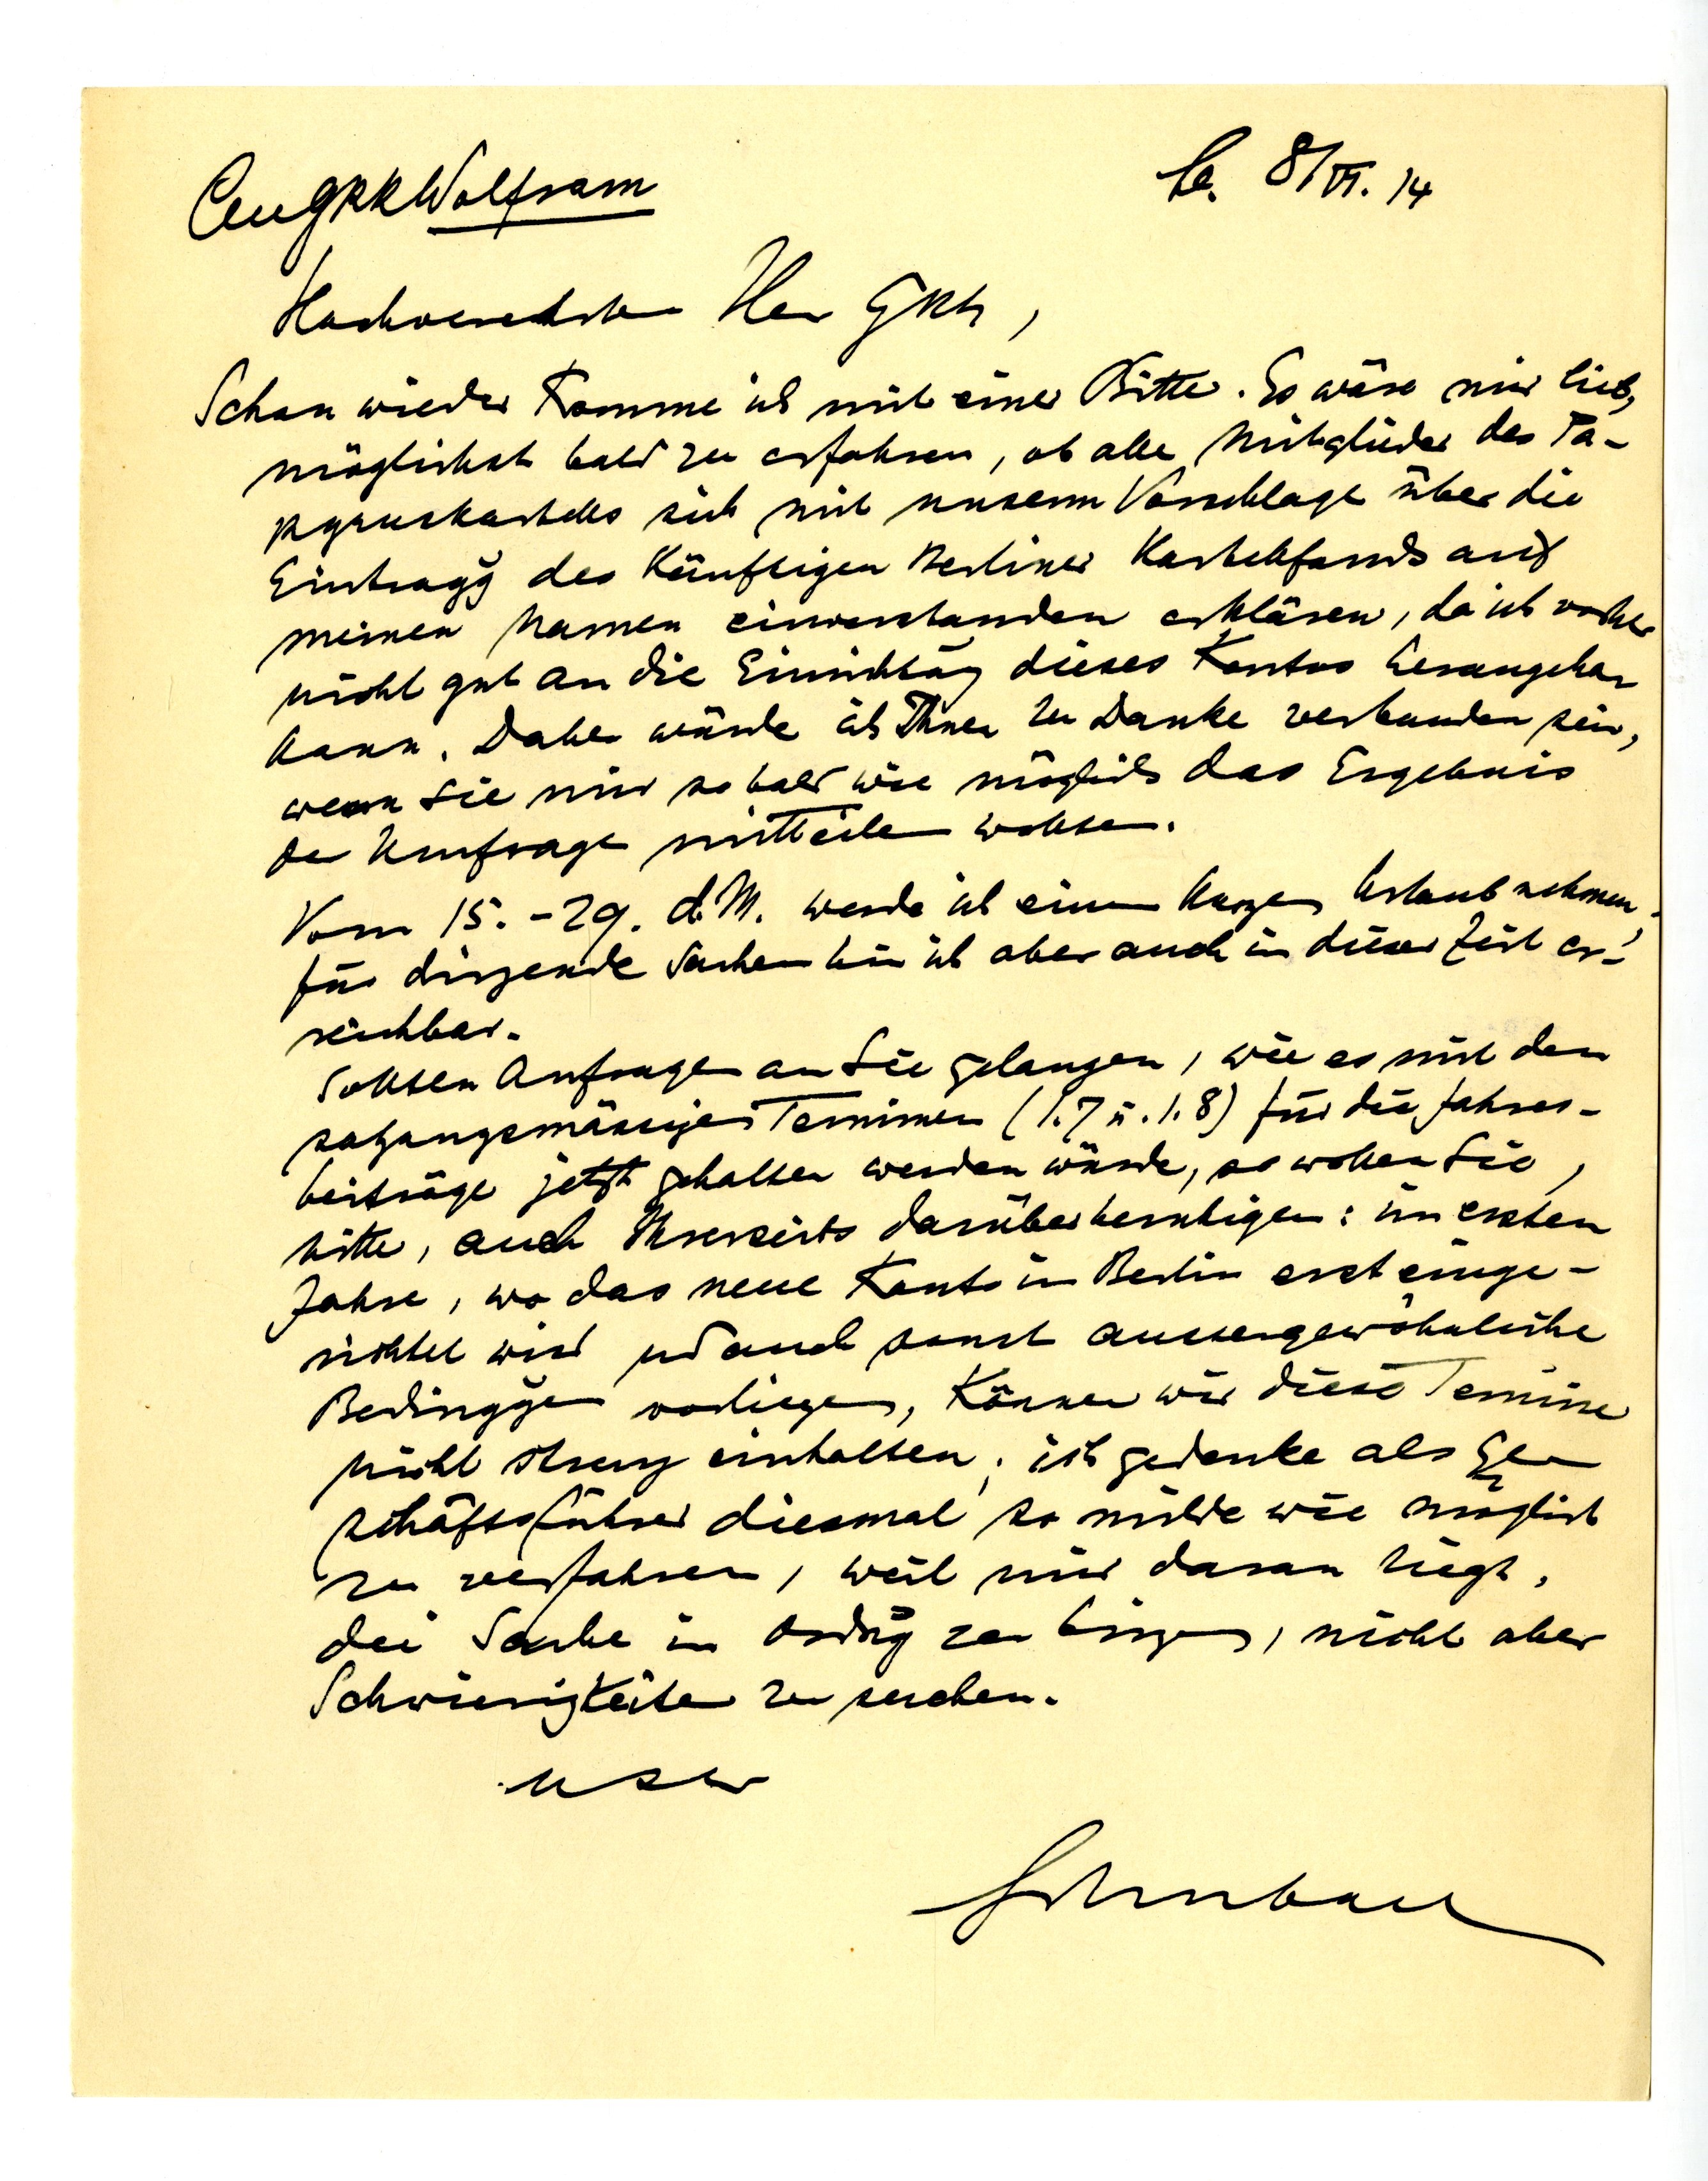
An GRR Wolfram
B. 8/VI. 14
Hochverehrter Herr GRR,
Schon wieder komme ich mit einer Bitte. So wäre mir lieb,
möglichst bald zu erfahren, ob alle Mitglieder des Pa¬
pyruskartells sich mit unserem Vorschlage über die
Eintragg des künftigen Berliner Kartellfonds auf
meinen Namen einverstanden erklären, da ich vorher
nicht gut an die Einrichtung dieses Kontos herangehen
kann. Daher würde ich Ihnen zu Danke verbunden sein,
wenn sie mir so bald wie möglich das Ergebnis
der Umfrage mitteilen wollen.
Vom 15.-29. d. M. werde ich einen kurzen Urlaub nehmen;
für dringende Sachen bin ich aber auch in dieser Zeit er¬
reichbar.
Sollten Anfragen an Sie gelangen, wie es mit den
satzungsmäßigen Terminen (1.7 u. 1.8.) für die Jahres¬
beträge jetzt gehalten werden würde, so wollen Sie,
bitte, auch Ihrerseits darüber beruhigen: im ersten
Jahre, wo das neue Konto in Berlin erst einge¬
sichtet wird und auch sonst ausergewöhnliche
Bedinggen vorliegen, können wir diese Termine
nicht streng einhalten; ich gedenke als Ge¬
schäftsführer diesmal so milde wie möglich
zu verfahren, weil mir daran liegt,
die Sache in Ordng zu bringen, nicht aber
Schwierigkeiten zu suchen.
usw
Schubart